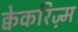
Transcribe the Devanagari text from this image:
क्वेकरिज़्म